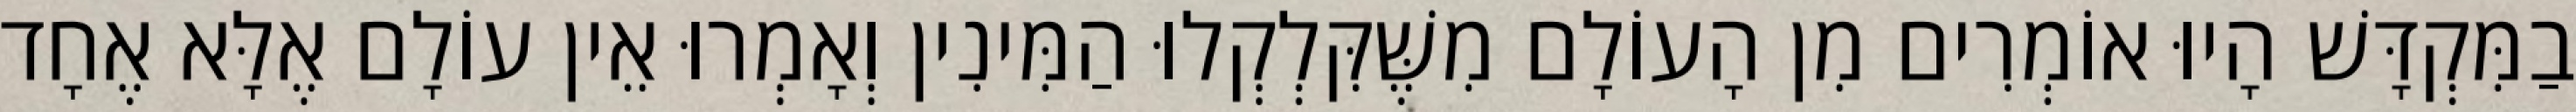
בַמִּקְדָּשׁ הָיוּ אוֹמְרִים מִן הָעוֹלָם מִשֶּׁקִּלְקְלוּ הַמִּינִין וְאָמְרוּ אֵין עוֹלָם אֶלָּא אֶחָד